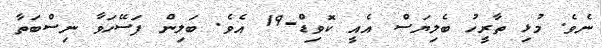
ނެވެ. މުޅި ތާރީހު ބެލިޔަސް އެއީ ކޮވިޑް-19 އެވެ. ބަލިން ފަސޭހަވާ ނިސްބަތާ